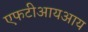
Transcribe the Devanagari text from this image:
एफटीआयआय